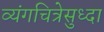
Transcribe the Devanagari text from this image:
व्यंगचित्रेसुध्दा